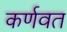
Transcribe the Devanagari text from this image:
कर्णवत